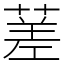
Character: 蒫